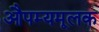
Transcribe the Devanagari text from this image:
औपम्यमूलक